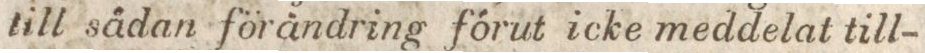
till sädan förändring förut icke meddelat till-